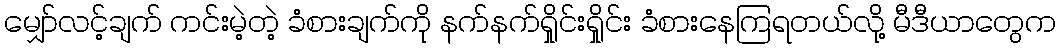
မျှော်လင့်ချက် ကင်းမဲ့တဲ့ ခံစားချက်ကို နက်နက်ရှိုင်းရှိုင်း ခံစားနေကြရတယ်လို့ မီဒီယာတွေက